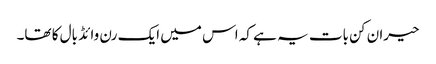
حیران کن بات یہ ہے کہ اس میں ایک رن وائڈ بال کا تھا۔